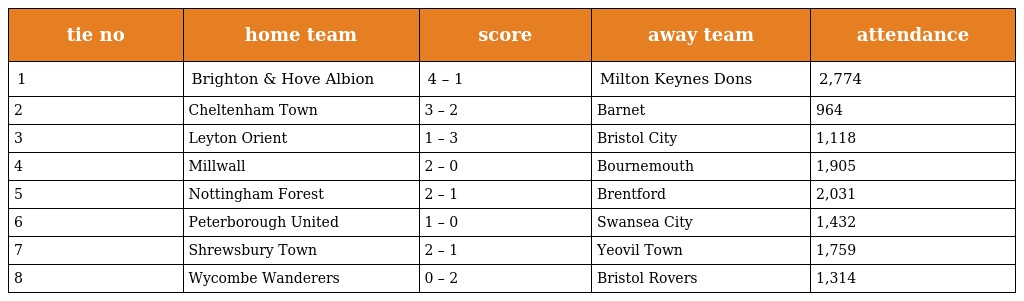
| tie no | home team | score | away team | attendance |
 | --- | --- | --- | --- | --- |
 | 1 | Brighton & Hove Albion | 4 – 1 | Milton Keynes Dons | 2,774 |
 | 2 | Cheltenham Town | 3 – 2 | Barnet | 964 |
 | 3 | Leyton Orient | 1 – 3 | Bristol City | 1,118 |
 | 4 | Millwall | 2 – 0 | Bournemouth | 1,905 |
 | 5 | Nottingham Forest | 2 – 1 | Brentford | 2,031 |
 | 6 | Peterborough United | 1 – 0 | Swansea City | 1,432 |
 | 7 | Shrewsbury Town | 2 – 1 | Yeovil Town | 1,759 |
 | 8 | Wycombe Wanderers | 0 – 2 | Bristol Rovers | 1,314 |